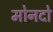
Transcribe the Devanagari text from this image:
मोनदो